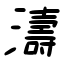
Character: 濤